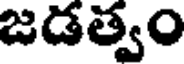
జడత్వం